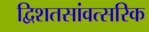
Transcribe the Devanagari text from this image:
द्विशतसांवत्सरिक